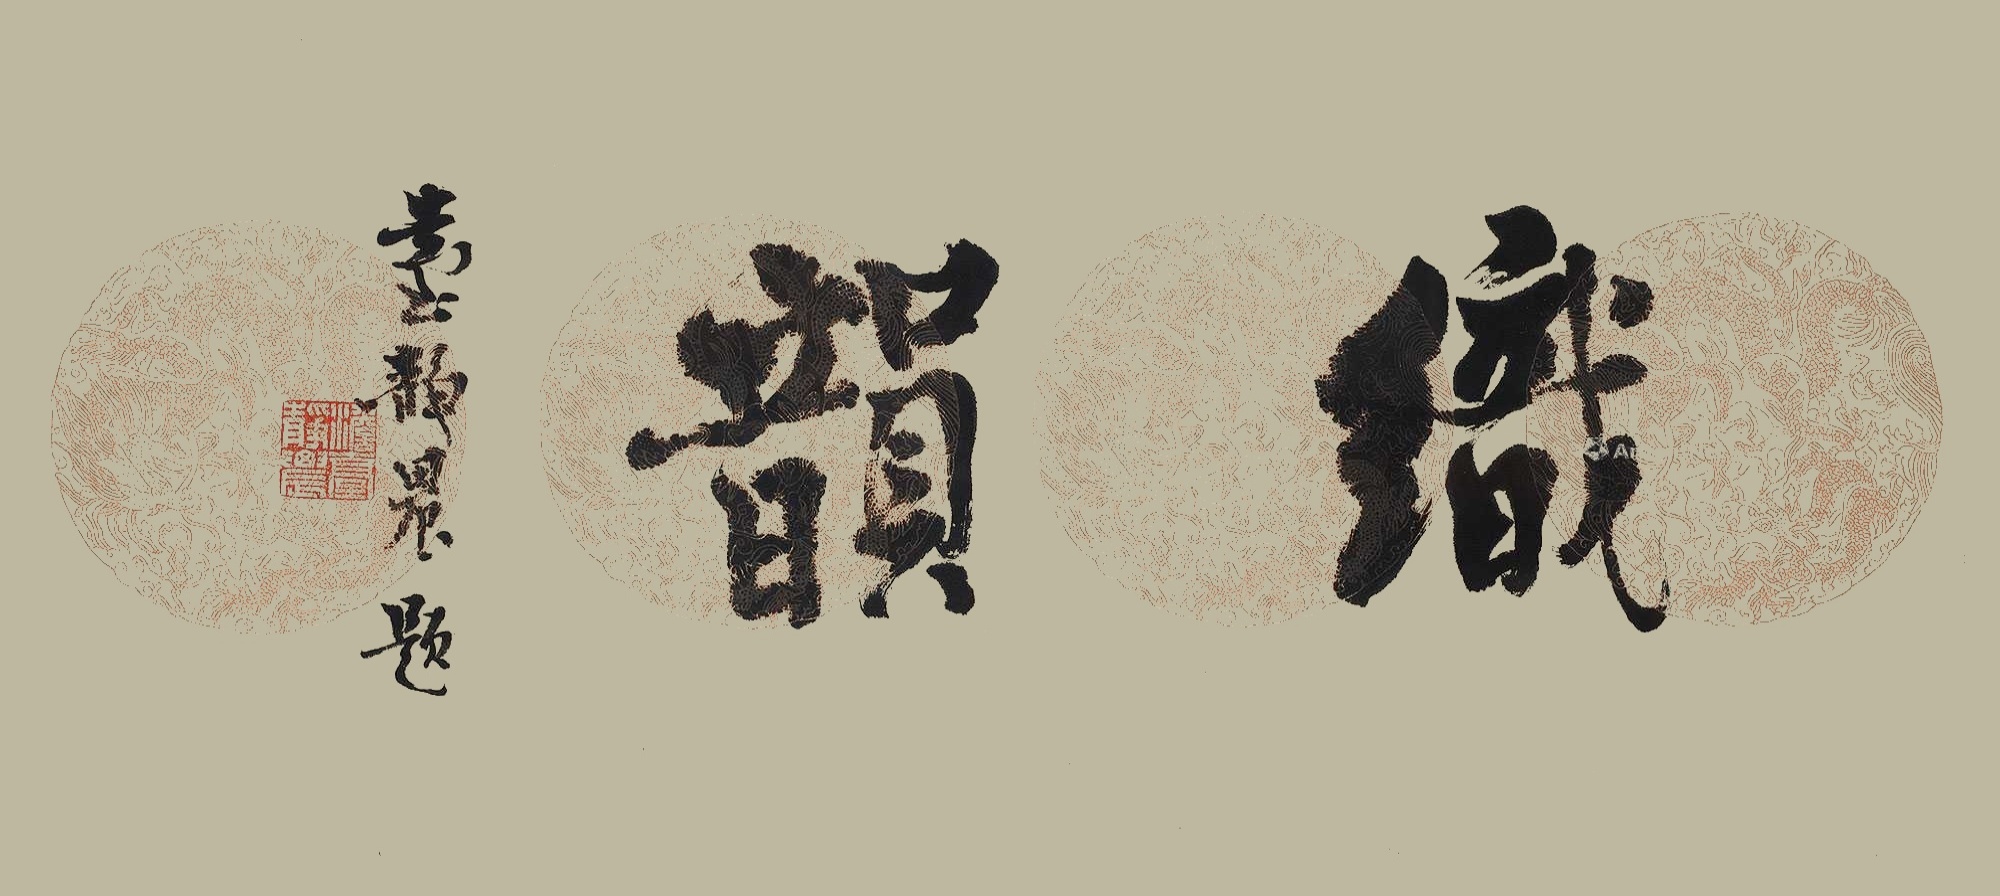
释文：织韵。台静农题。